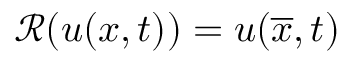
\mathscr { R } ( u ( x , t ) ) = u ( \overline { { x } } , t )